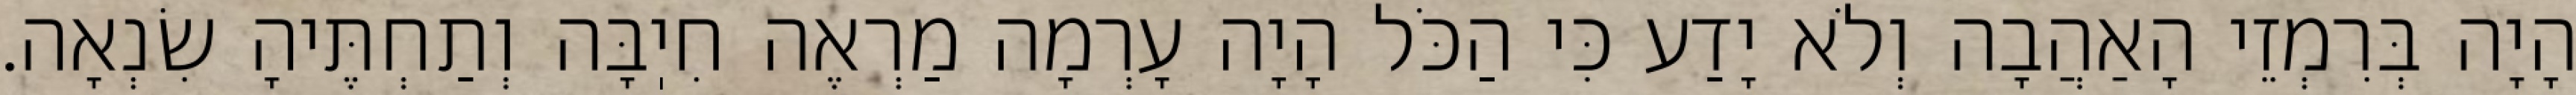
הָיָה בְּרִמְזֵי הָאַהֲבָה וְלֹא יָדַע כִּי הַכֹּל הָיָה עָרְמָה מַרְאֶה חִיֽבָּה וְתַחְתֶּיהָ שִׂנְאָה.